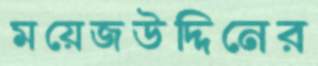
ময়েজউদ্দিনের